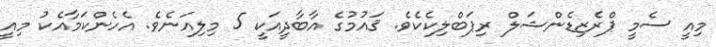
މިއީ ސެމީ ޕްރެޒިޑެންޝަލް ރިޕަބްލިކެކެވެ. ޤައުމުގެ އާބާދީއަކީ 5 މިލިއަނެވެ. އެހެންކަމާއެކު މިއީ